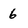
Character: 6